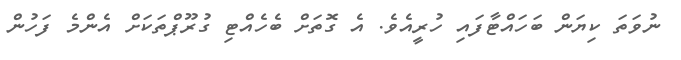
ނުވަތަ ކިޔަން ބަހައްޓާފައި ހުރީއެވެ. އެ ގޮތަށް ބެހެއްޓި ގުރޫޕްތަކަށް އެންމެ ފަހުން